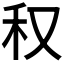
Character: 𥝐